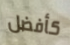
كأفضل